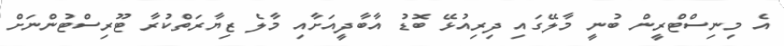
އެ މިނިސްޓްރީން ބުނީ މާލޭގައި ދިރިއުޅޭ ބޮޑު އާބާދީއަށާއި މާލެ ޒިޔާރަތްކުރާ ޓޫރިސްޓުންނަށް